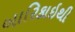
બારિકાઇથી